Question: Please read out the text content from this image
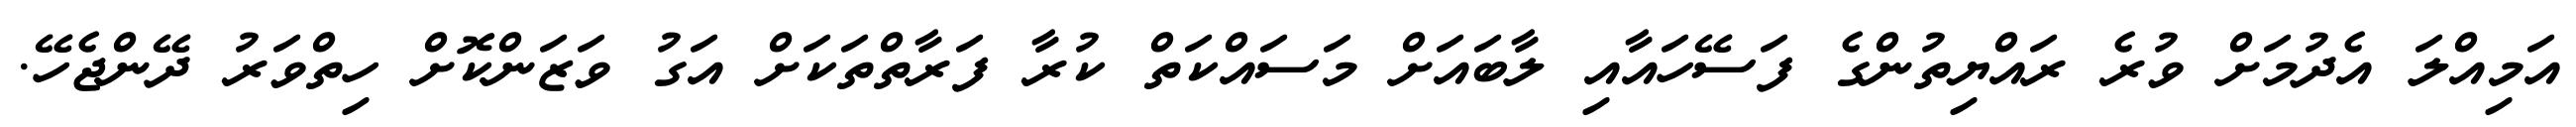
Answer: އަމިއްލަ އެދުމަށް ވުރެ ރައްޔިތުންގެ ފަސޭހައާއި ލާބައަށް މަސައްކަތް ކުރާ ފަރާތްތަކަށް އަގު ވަޒަންކޮށް ހިތްވަރު ދޭންޖެހޭ.